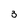
Character: 3